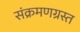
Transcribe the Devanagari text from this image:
संक्रमणग्रस्त